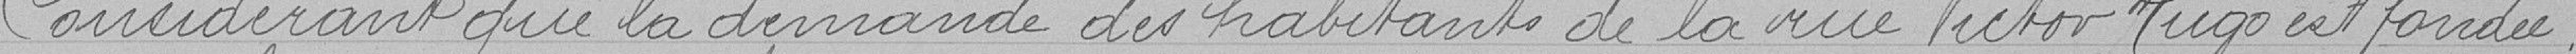
Considérant que la demande des habitants de la rue Victor Hugo est fondée,